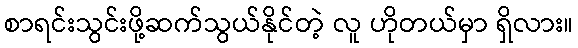
စာရင်းသွင်းဖို့ဆက်သွယ်နိုင်တဲ့ လူ ဟိုတယ်မှာ ရှိလား။